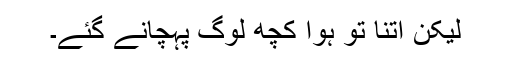
لیکن اتنا تو ہوا کچھ لوگ پہچانے گئے۔